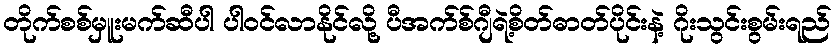
တိုက်စစ်မှူးမက်ဆီပါ ပါဝင်လာနိုင်လို့ ပီအက်စ်ဂျီရဲ့စိတ်ဓာတ်ပိုင်းနဲ့ ဂိုးသွင်းစွမ်းရည်